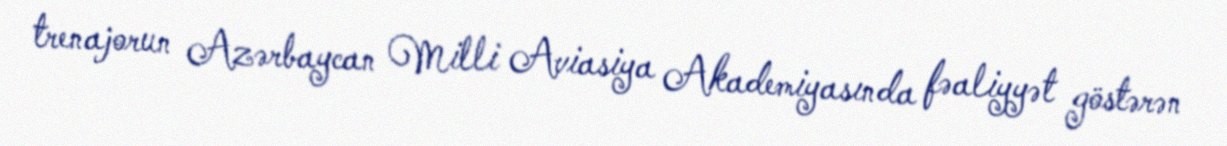
trenajorun Azərbaycan Milli Aviasiya Akademiyasında fəaliyyət göstərən